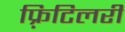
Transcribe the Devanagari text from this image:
फ़्रिटिलरी